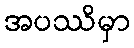
အပဿိမှာ